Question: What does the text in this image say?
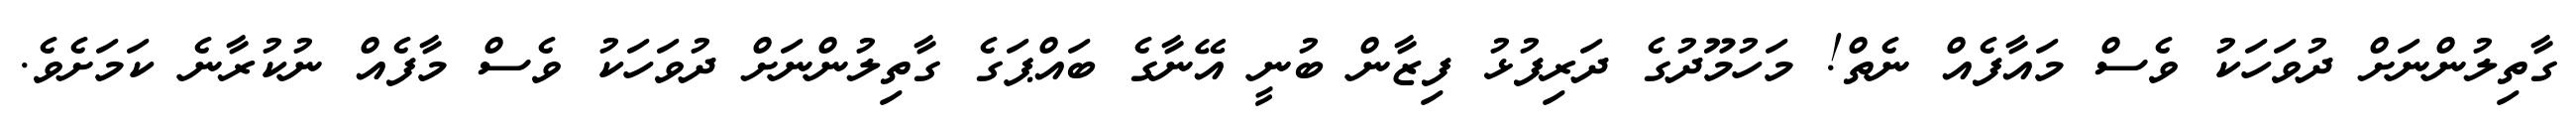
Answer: ގާތިލުންނަށް ދުވަހަކު ވެސް މައާފެއް ނެތް! މަހުމޫދުގެ ދަރިފުޅު ފިޒާން ބުނީ އޭނާގެ ބައްޕަގެ ގާތިލުންނަށް ދުވަހަކު ވެސް މާފެއް ނުކުރާނެ ކަމަށެވެ.